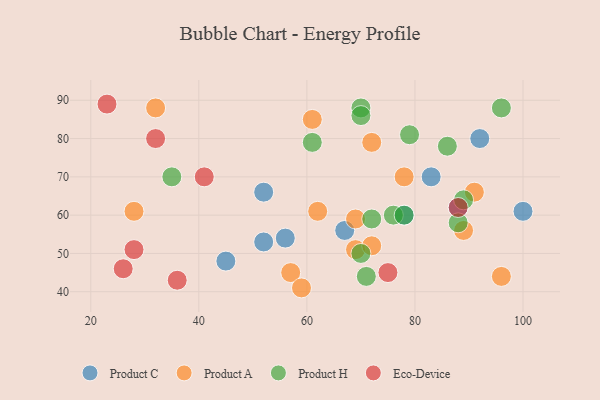
{"axis": {"x": "GDP", "y": "Life Expectancy"}, "legend": ["Eco-Device", "Product A", "Product C", "Product H"], "data": [{"x": "88", "y": 62, "type": "Product C"}, {"x": "52", "y": 66, "type": "Product C"}, {"x": "100", "y": 61, "type": "Product C"}, {"x": "78", "y": 60, "type": "Product C"}, {"x": "52", "y": 53, "type": "Product C"}, {"x": "67", "y": 56, "type": "Product C"}, {"x": "92", "y": 80, "type": "Product C"}, {"x": "56", "y": 54, "type": "Product C"}, {"x": "45", "y": 48, "type": "Product C"}, {"x": "83", "y": 70, "type": "Product C"}, {"x": "69", "y": 59, "type": "Product A"}, {"x": "96", "y": 44, "type": "Product A"}, {"x": "69", "y": 51, "type": "Product A"}, {"x": "72", "y": 79, "type": "Product A"}, {"x": "61", "y": 85, "type": "Product A"}, {"x": "28", "y": 61, "type": "Product A"}, {"x": "62", "y": 61, "type": "Product A"}, {"x": "72", "y": 52, "type": "Product A"}, {"x": "89", "y": 56, "type": "Product A"}, {"x": "32", "y": 88, "type": "Product A"}, {"x": "57", "y": 45, "type": "Product A"}, {"x": "91", "y": 66, "type": "Product A"}, {"x": "59", "y": 41, "type": "Product A"}, {"x": "78", "y": 70, "type": "Product A"}, {"x": "70", "y": 50, "type": "Product H"}, {"x": "96", "y": 88, "type": "Product H"}, {"x": "70", "y": 88, "type": "Product H"}, {"x": "35", "y": 70, "type": "Product H"}, {"x": "88", "y": 58, "type": "Product H"}, {"x": "89", "y": 64, "type": "Product H"}, {"x": "70", "y": 86, "type": "Product H"}, {"x": "61", "y": 79, "type": "Product H"}, {"x": "76", "y": 60, "type": "Product H"}, {"x": "78", "y": 60, "type": "Product H"}, {"x": "72", "y": 59, "type": "Product H"}, {"x": "86", "y": 78, "type": "Product H"}, {"x": "71", "y": 44, "type": "Product H"}, {"x": "79", "y": 81, "type": "Product H"}, {"x": "75", "y": 45, "type": "Eco-Device"}, {"x": "36", "y": 43, "type": "Eco-Device"}, {"x": "26", "y": 46, "type": "Eco-Device"}, {"x": "23", "y": 89, "type": "Eco-Device"}, {"x": "88", "y": 62, "type": "Eco-Device"}, {"x": "41", "y": 70, "type": "Eco-Device"}, {"x": "32", "y": 80, "type": "Eco-Device"}, {"x": "28", "y": 51, "type": "Eco-Device"}]}